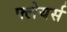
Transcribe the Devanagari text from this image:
फ्लेयर्स